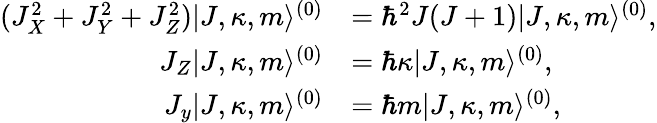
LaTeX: \begin{array}{rl}{(J_{X}^{2}+J_{Y}^{2}+J_{Z}^{2})|J,\kappa,m\rangle^{(0)}}&{=\hbar^{2}J(J+1)|J,\kappa,m\rangle^{(0)},}\\ {J_{Z}|J,\kappa,m\rangle^{(0)}}&{=\hbar\kappa|J,\kappa,m\rangle^{(0)},}\\ {J_{y}|J,\kappa,m\rangle^{(0)}}&{=\hbar m|J,\kappa,m\rangle^{(0)},}\end{array}